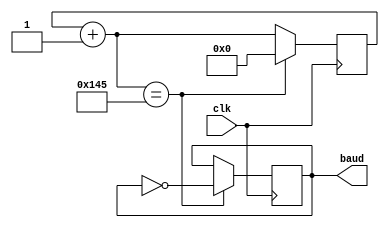
`timescale 1ns / 1ps
//////////////////////////////////////////////////////////////////////////////////
// Company: 
// Engineer: 
// 
// Design Name: 
// Module Name: baudrate_gen
// Project Name: 
// Target Devices: 
// Tool Versions: 
// Description: 
// 
// Dependencies: 
// 
// Revision:
// Revision 0.01 - File Created
// Additional Comments:
// 
//////////////////////////////////////////////////////////////////////////////////


module baudrate_gen #(
    parameter baudrate = 9600,
    parameter maxcount = (100000000 / (baudrate*16)) / 2
)
(
    output reg baud,
    input clk
);

    reg [9:0] counter = 0;

    initial begin
        
    end

    always @(posedge clk)
    begin
        counter = counter + 1;
        if (counter == maxcount) begin counter = 0; baud = ~baud; end
    end

endmodule